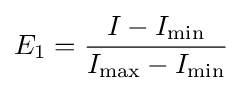
E_{1}={\frac {I-I_{\min }}{I_{\max }-I_{\min }}}